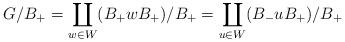
LaTeX: \begin{align*}G/B_+=\coprod_{w \in W} (B_+ w B_+)/B_+= \coprod_{u \in W} (B_- u B_+)/B_+\end{align*}